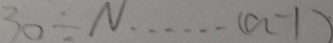
3 0 \div N \cdots ( a - 1 )